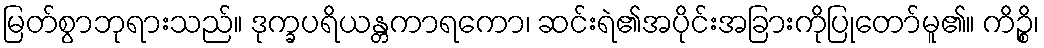
မြတ်စွာဘုရားသည်။ ဒုက္ခပရိယန္တကာရကော၊ ဆင်းရဲ၏အပိုင်းအခြားကိုပြုတော်မူ၏။ ကိဉ္စိ၊